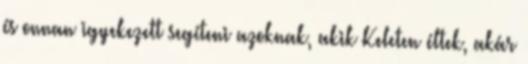
és onnan igyekezett segíteni azoknak, akik Keleten éltek, akár